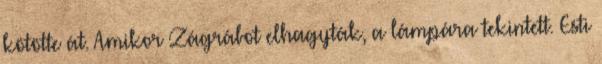
kötötte át. Amikor Zágrábot elhagyták, a lámpára tekintett. Esti